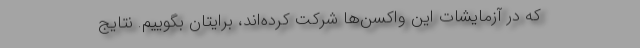
که در آزمایشات این واکسن‌ها شرکت کرده‌اند، برایتان بگوییم. نتایج